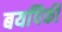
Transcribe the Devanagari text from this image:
बर्यांपैकी